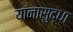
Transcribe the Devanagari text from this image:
यांनासुद्धा